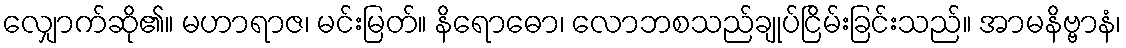
လျှောက်ဆို၏။ မဟာရာဇ၊ မင်းမြတ်။ နိရောဓော၊ လောဘစသည်ချုပ်ငြိမ်းခြင်းသည်။ အာမနိဗ္ဗာနံ၊